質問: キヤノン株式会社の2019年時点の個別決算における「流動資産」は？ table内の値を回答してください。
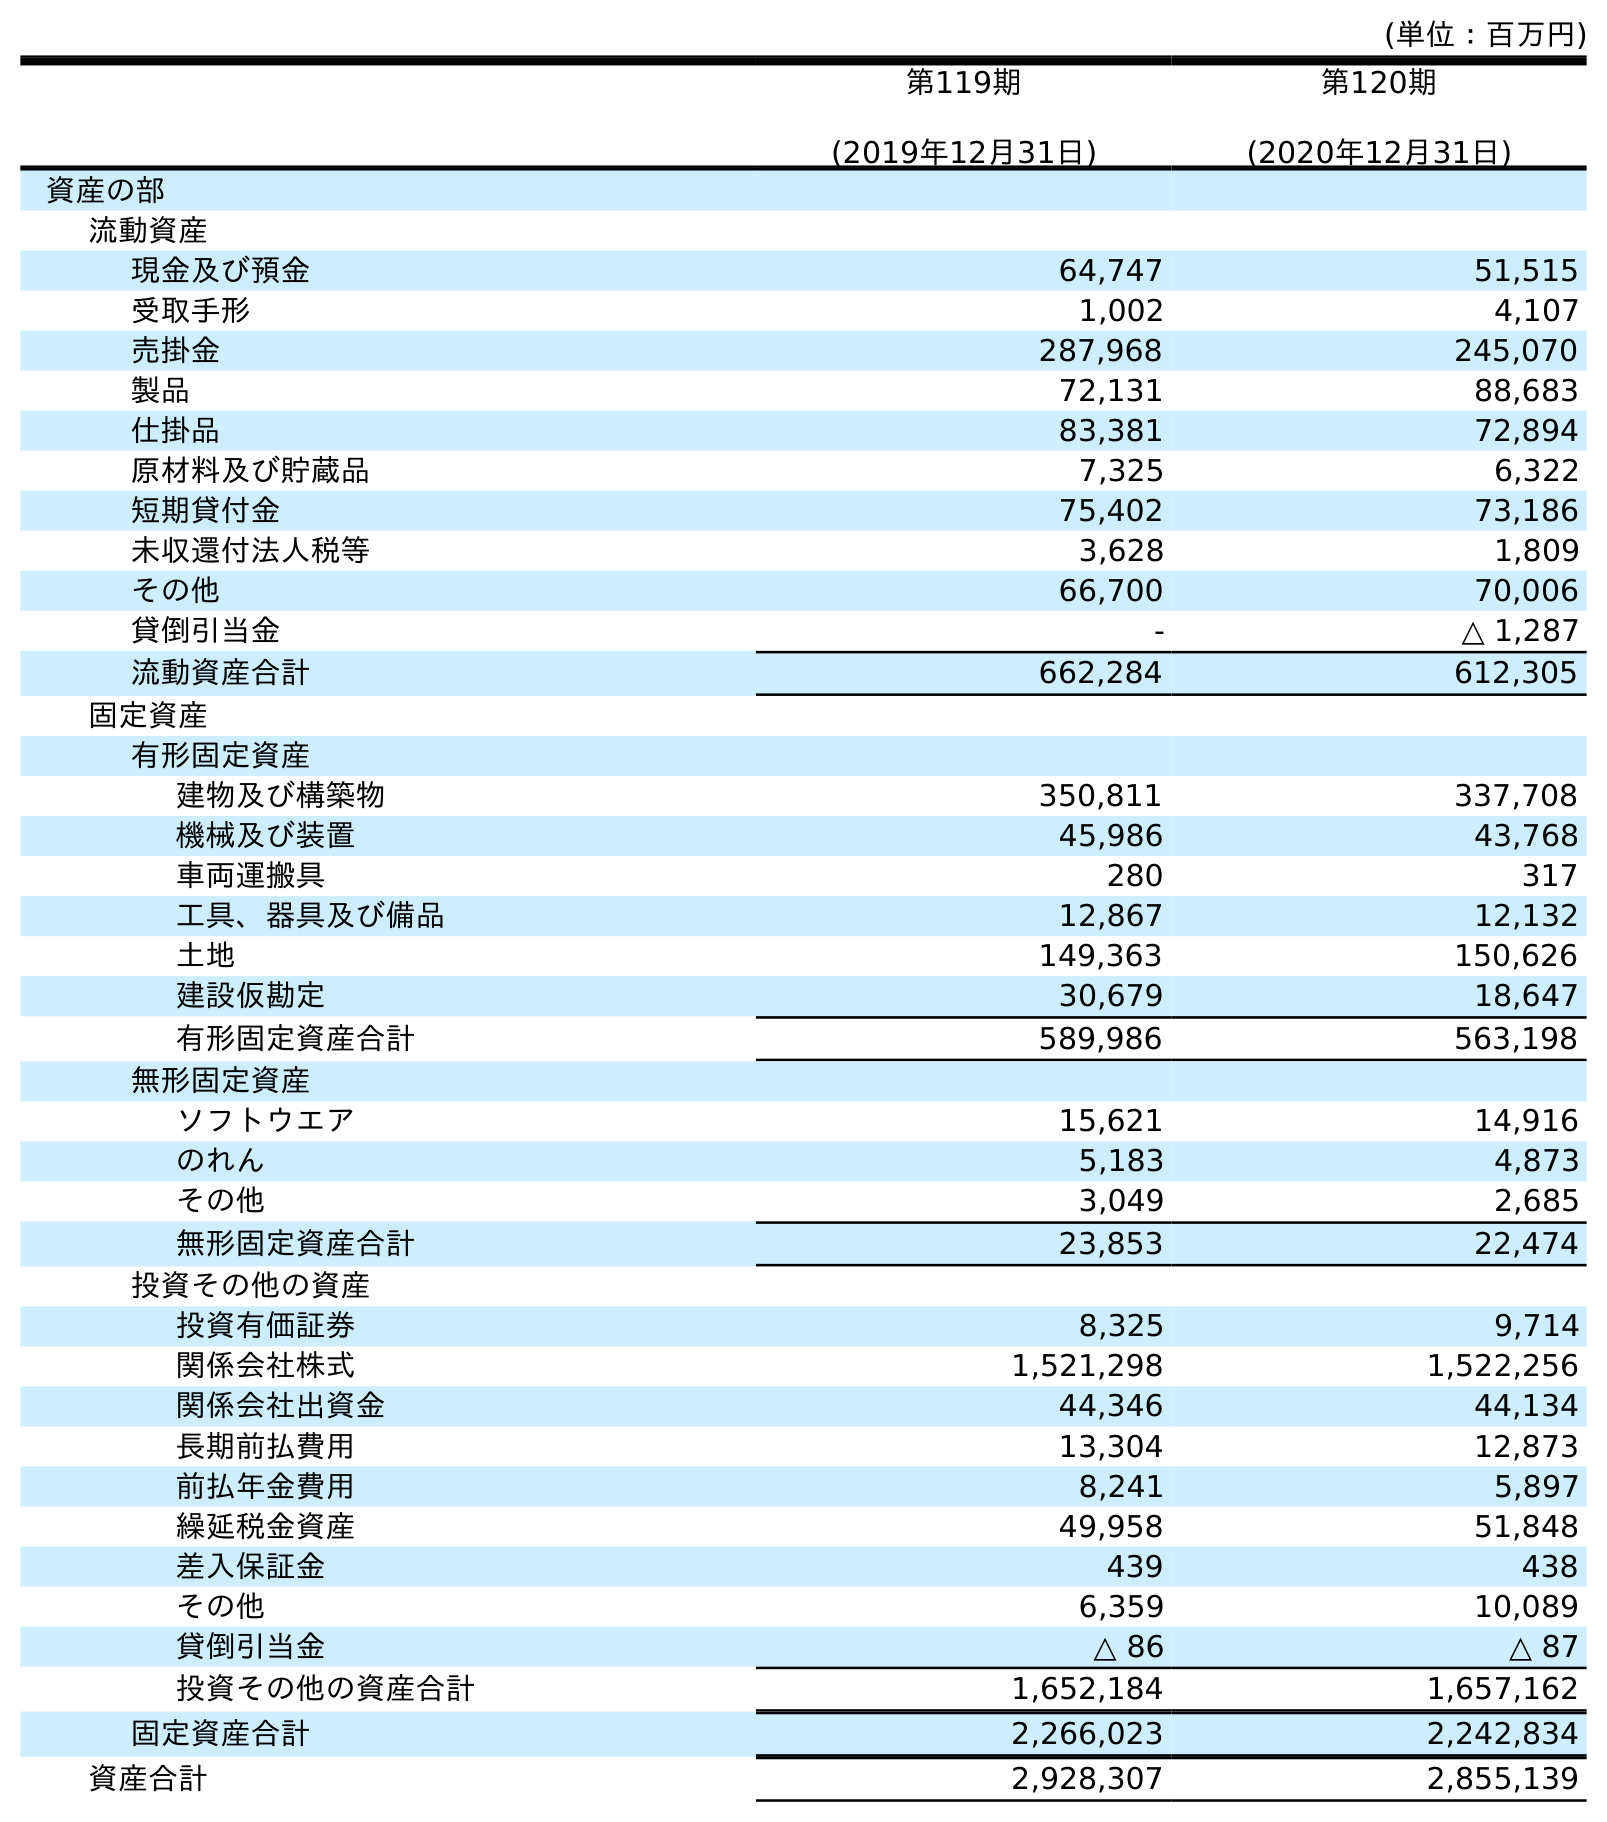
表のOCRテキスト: (単位：百万円) 第119期 (2019年12月31日) 第120期 (2020年12月31日) 資産の部 流動資産 現金及び預金 64,747 51,515 受取手形 1,002 4,107 売掛金 287,968 245,070 製品 72,131 88,683 仕掛品 83,381 72,894 原材料及び貯蔵品 7,325 6,322 短期貸付金 75,402 73,186 未収還付法人税等 3,628 1,809 その他 66,700 70,006 貸倒引当金 - △ 1,287 流動資産合計 662,284 612,305 固定資産 有形固定資産 建物及び構築物 350,811 337,708 機械及び装置 45,986 43,768 車両運搬具 280 317 工具、器具及び備品 12,867 12,132 土地 149,363 150,626 建設仮勘定 30,679 18,647 有形固定資産合計 589,986 563,198 無形固定資産 ソフトウエア 15,621 14,916 のれん 5,183 4,873 その他 3,049 2,685 無形固定資産合計 23,853 22,474 投資その他の資産 投資有価証券 8,325 9,714 関係会社株式 1,521,298 1,522,256 関係会社出資金 44,346 44,134 長期前払費用 13,304 12,873 前払年金費用 8,241 5,897 繰延税金資産 49,958 51,848 差入保証金 439 438 その他 6,359 10,089 貸倒引当金 △ 86 △ 87 投資その他の資産合計 1,652,184 1,657,162 固定資産合計 2,266,023 2,242,834 資産合計 2,928,307 2,855,139
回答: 662,284